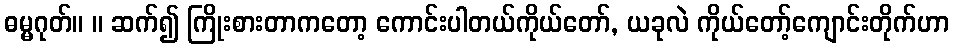
ဓမ္မဂုတ်။ ။ ဆက်၍ ကြိုးစားတာကတော့ ကောင်းပါတယ်ကိုယ်တော်, ယခုလဲ ကိုယ်တော့်ကျောင်းတိုက်ဟာ